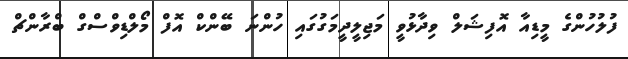
ފުލުހުންގެ މީޑިއާ އޮފިޝަލް ވިދާޅުވީ މަޖިލީދީމަގުގައި ހުންނަ ބޭންކް އޮފް މޯލްޑިވްސްގް ބްރާންޗް